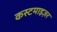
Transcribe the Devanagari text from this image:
कस्टमाइज़र